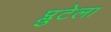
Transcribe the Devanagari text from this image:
प्लुटेला